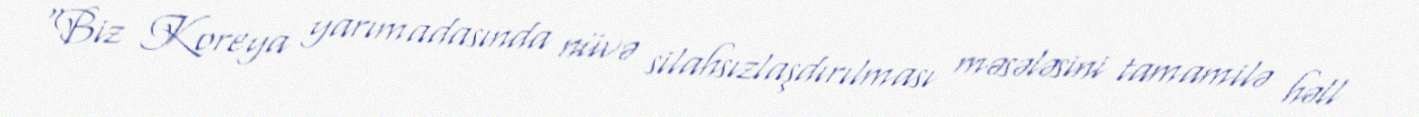
“Biz Koreya yarımadasında nüvə silahsızlaşdırılması məsələsini tamamilə həll